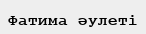
Фатима әулеті